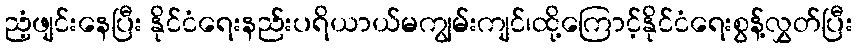
ညံ့ဖျင်းနေပြီး နိုင်ငံရေးနည်းပရိယာယ်မကျွမ်းကျင်၊ထို့ကြောင့်နိုင်ငံရေးစွန့်လွှတ်ပြီး